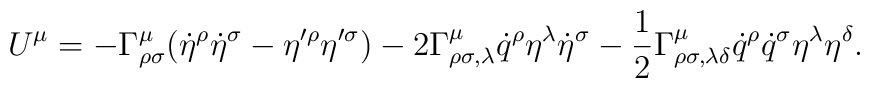
U^\mu=-\Gamma^\mu_{\rho\sigma}(\dot{\eta}^\rho\dot{\eta}^\sigma-\eta'^\rho\eta'^\sigma)-2\Gamma^\mu_{\rho\sigma,\lambda}\dot{q}^\rho\eta^\lambda\dot{\eta}^\sigma-\frac{1}{2}\Gamma^\mu_{\rho\sigma,\lambda\delta}\dot{q}^\rho\dot{q}^\sigma\eta^\lambda\eta^\delta.